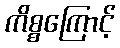
ကိစ္စကြောင့်